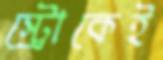
স্ট্রোকেই